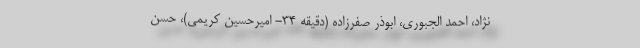
‌نژاد، احمد الجبوری، ابوذر صفرزاده (دقیقه ۳۴- امیرحسین کریمی)، حسن